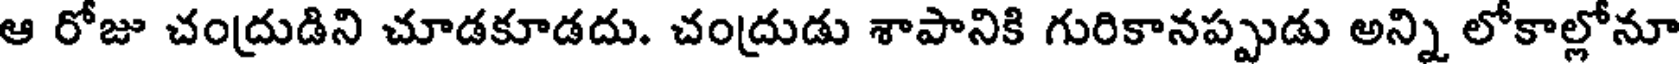
ఆ రోజు చంద్రుడిని చూడకూడదు. చంద్రుడు శాపానికి గురికానప్పుడు అన్ని లోకాల్లోనూ